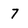
Character: 7